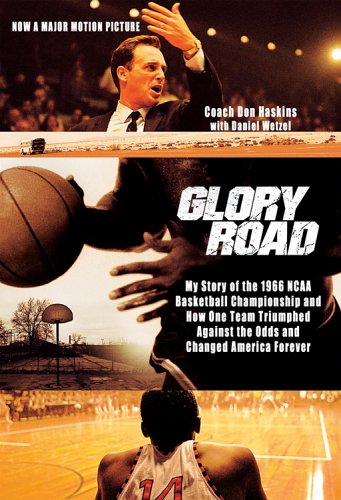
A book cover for Glory Road: My Story of the 1966 NCAA Basketball Championship and How One Team Triumphed Against the Odds and Changed America Forever; Don Haskins; Biographies & Memoirs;